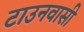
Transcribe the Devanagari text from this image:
टाउनवासी